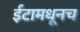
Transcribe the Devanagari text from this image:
ईटामधूनच